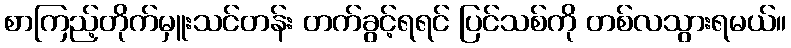
စာကြည့်တိုက်မှူးသင်တန်း တက်ခွင့်ရရင် ပြင်သစ်ကို တစ်လသွားရမယ်။